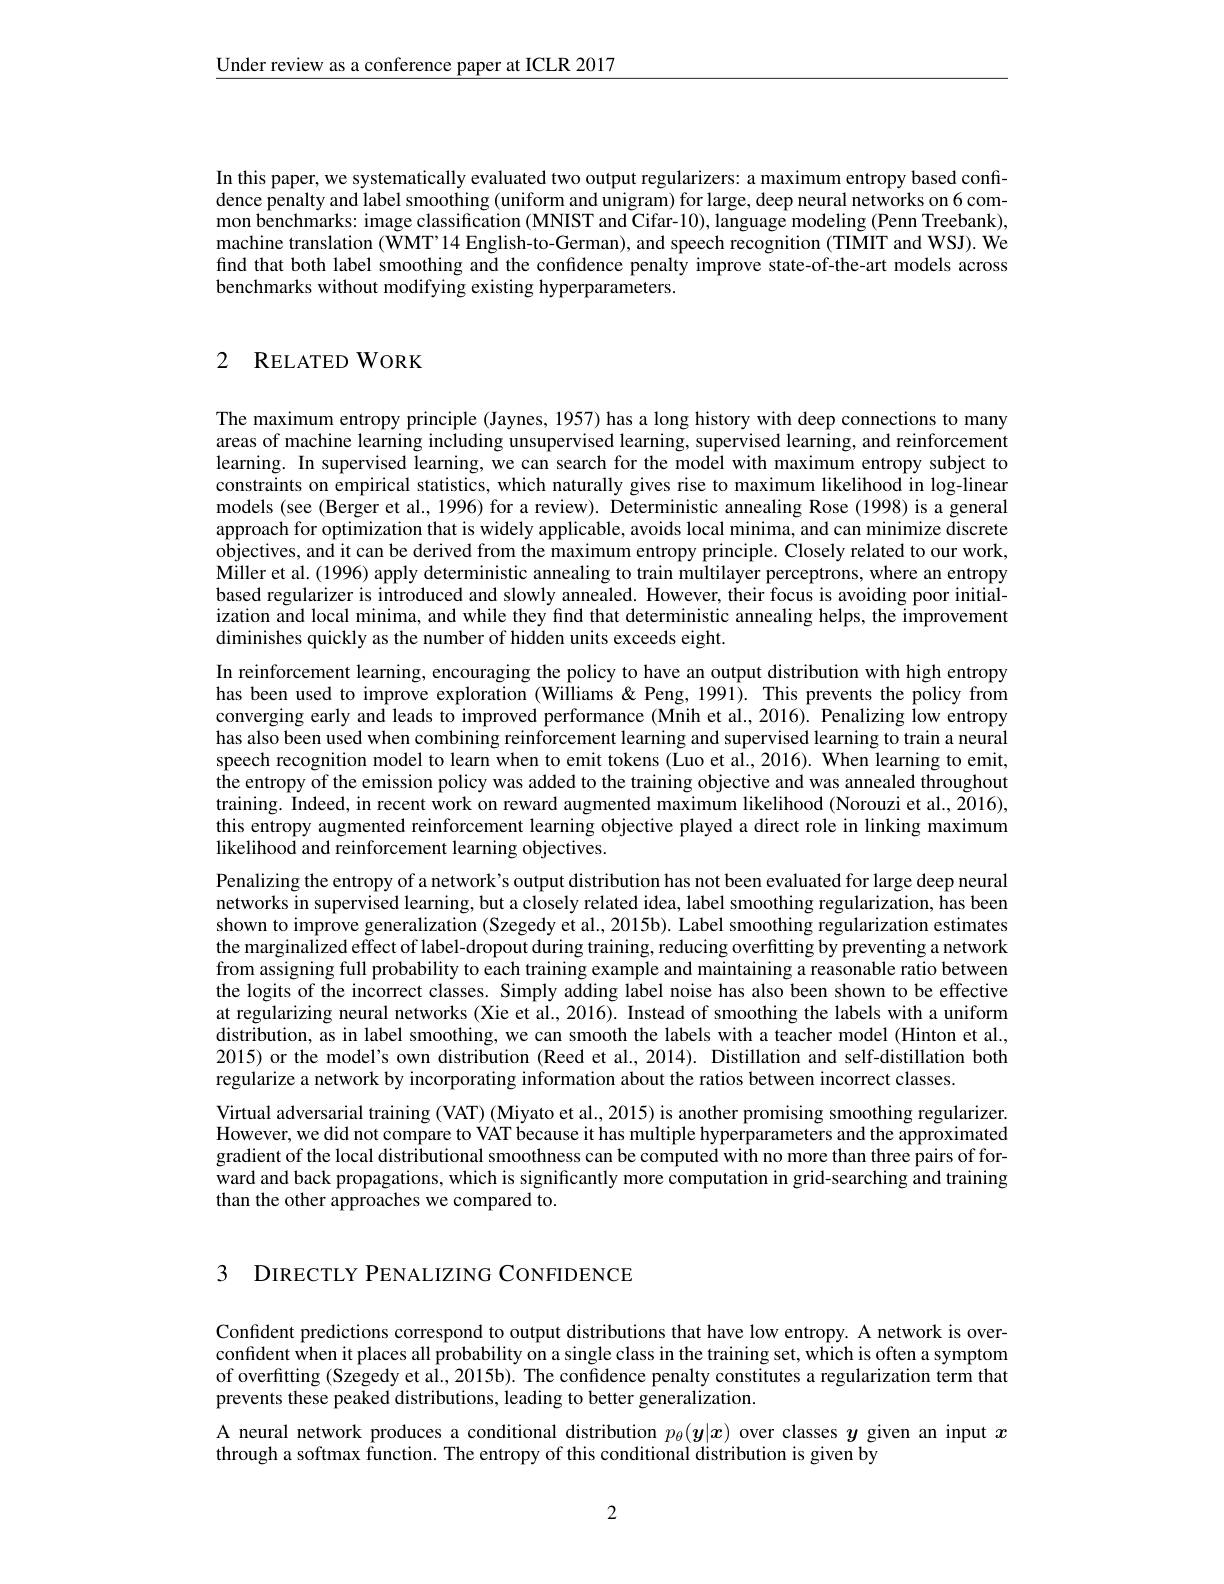
$\underline{\text{Under review as a conference paper at ICLR 2017}}$

In this paper, we systematically evaluated two output regularizers: a maximum entropy based confidence penalty and label smoothing (uniform and unigram) for large, deep neural networks on 6 common benchmarks: image classification (MNIST and Cifar-10), language modeling (Penn Treebank), machine translation (WMT'14 English-to-German), and speech recognition (TIMIT and WSJ). We find that both label smoothing and the confidence penalty improve state-of-the-art models across benchmarks without modifying existing hyperparameters.

## 2 RELATED WORK

The maximum entropy principle (Jaynes, 1957) has a long history with deep connections to many areas of machine learning including unsupervised learning, supervised learning, and reinforcement learning. In supervised learning, we can search for the model with maximum entropy subject to constraints on empirical statistics, which naturally gives rise to maximum likelihood in log-linear models (see (Berger et al., 1996) for a review). Deterministic annealing Rose (1998) is a general approach for optimization that is widely applicable, avoids local minima, and can minimize discrete objectives, and it can be derived from the maximum entropy principle. Closely related to our work, Miller et al. (1996) apply deterministic annealing to train multilayer perceptrons, where an entropy based regularizer is introduced and slowly annealed. However, their focus is avoiding poor initialization and local minima, and while they find that deterministic annealing helps, the improvement diminishes quickly as the number of hidden units exceeds eight.
In reinforcement learning, encouraging the policy to have an output distribution with high entropy has been used to improve exploration (Williams &Peng, 1991). This prevents the policy from converging early and leads to improved performance (Mnih et al., 2016). Penalizing low entropy has also been used when combining reinforcement learning and supervised learning to train a neural speech recognition model to learn when to emit tokens (Luo et al., 2016). When learning to emit, the entropy of the emission policy was added to the training objective and was annealed throughout training. Indeed, in recent work on reward augmented maximum likelihood (Norouzi et al., 2016), this entropy augmented reinforcement learning objective played a direct role in linking maximum likelihood and reinforcement learning objectives.
Penalizing the entropy of a network's output distribution has not been evaluated for large deep neural networks in supervised learning, but a closely related idea, label smoothing regularization, has been shown to improve generalization (Szegedy et al., 2015b). Label smoothing regularization estimates the marginalized effect of label-dropout during training, reducing overfitting by preventing a network from assigning full probability to each training example and maintaining a reasonable ratio between the logits of the incorrect classes. Simply adding label noise has also been shown to be effective at regularizing neural networks (Xie et al., 2016). Instead of smoothing the labels with a uniform distribution, as in label smoothing, we can smooth the labels with a teacher model (Hinton et al. 2015) or the model's own distribution (Reed et al.,2014). Distillation and self-distillation both regularize a network by incorporating information about the ratios between incorrect classes.
Virtual adversarial training (VAT) (Miyato et al., 2015) is another promising smoothing regularizer. However, we did not compare to VAT because it has multiple hyperparameters and the approximated gradient of the local distributional smoothness can be computed with no more than three pairs of forward and back propagations, which is significantly more computation in grid-searching and training than the other approaches we compared to.

3 DIRECTLY PENALIZING CONFIDENCE

Confident predictions correspond to output distributions that have low entropy. A network is overconfident when it places all probability on a single class in the training set, which is often a symptom of overfitting (Szegedy et al., 2015b). The confidence penalty constitutes a regularization term that prevents these peaked distributions, leading to better generalization.
A neural network produces a conditional distribution $p_\theta(\boldsymbol{y}|\boldsymbol{x})$ over classes $y$ given an input $x$
through a softmax function. The entropy of this conditional distribution is given by

2